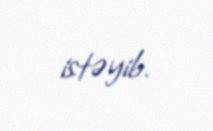
istəyib.